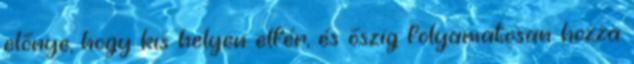
előnye, hogy kis helyen elfér, és őszig folyamatosan hozza